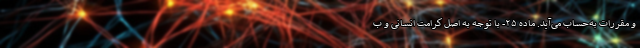
و مقررات به‌حساب می‌آید. ماده ۲۵- با توجه به اصل کرامت انسانی و ب